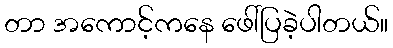
တာ အကောင့်ကနေ ဖေါ်ပြခဲ့ပါတယ်။